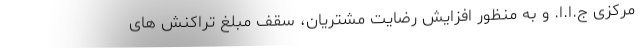
مرکزی ج.ا.ا. و به منظور افزایش رضایت مشتریان، سقف مبلغ تراکنش های